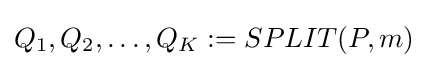
Q_{1},Q_{2},\dots ,Q_{K}:=SPLIT(P,m)